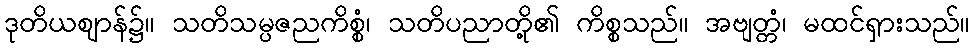
ဒုတိယဈာန်၌။ သတိသမ္ပဇညကိစ္စံ၊ သတိပညာတို့၏ ကိစ္စသည်။ အဗျတ္တံ၊ မထင်ရှားသည်။